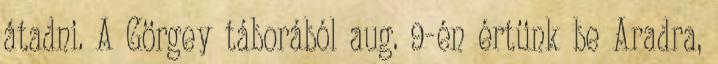
átadni. A Görgey táborából aug. 9-én értünk be Aradra,